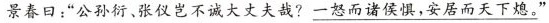
景春日：”公孙衍、张仪岂不诚大丈夫哉?\underline{一怒而诸侯惧，安居而天下熄。}”